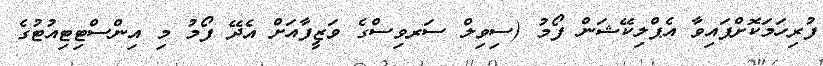
ފުރިހަމަކޮށްފައިވާ އެޕްލިކޭޝަން ފޯމު (ސިވިލް ސަރވިސްގެ ވަޒީފާއަށް އެދޭ ފޯމު މި އިންސްޓިޓިއުޓުގެ